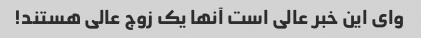
وای این خبر عالی است آنها یک زوج عالی هستند!